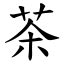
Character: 茶